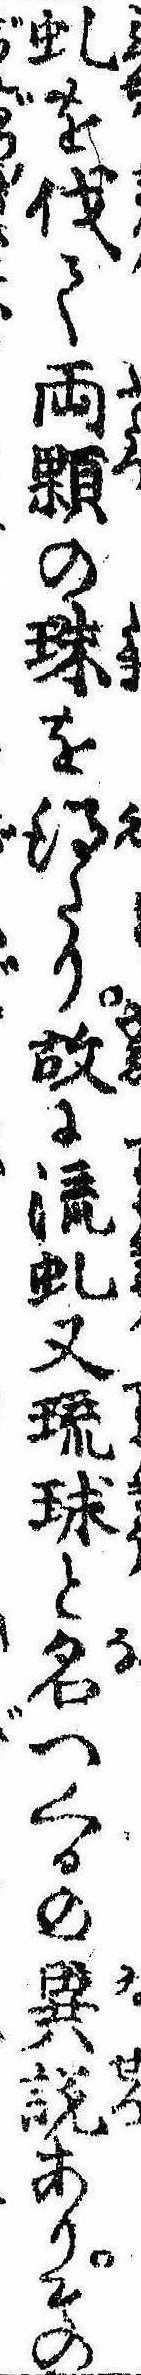
虬を伐て両顆の珠を得たり故に流虬又琉球と名つくるの異説ありその